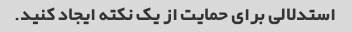
استدلالی برای حمایت از یک نکته ایجاد کنید.